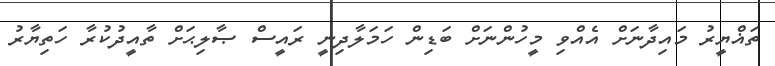
ތަޣްޔީރު މައިދާނަށް އެއްވި މީހުންނަށް ބަޑިން ހަމަލާދިނީ ރައީސް ޞާލިޙަށް ތާއީދުކުރާ ހަތިޔާރު